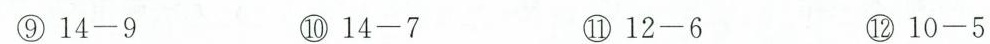
⑨$$1 4 - 9$$ ⑩$$1 4 - 7$$ ⑩$$1 2 - 6$$ ⑩$$1 0 - 5$$